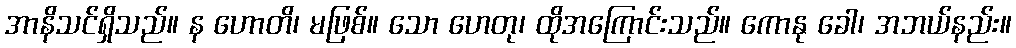
အာနိသင်ရှိသည်။ န ဟောတိ၊ မဖြစ်။ သော ဟေတု၊ ထိုအကြောင်းသည်။ ကောနု ခေါ၊ အဘယ်နည်း။